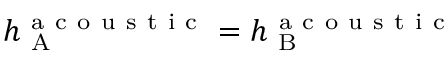
h _ { \mathrm { ~ A ~ } } ^ { \mathrm { ~ a ~ c ~ o ~ u ~ s ~ t ~ i ~ c ~ } } = h _ { \mathrm { ~ B ~ } } ^ { \mathrm { ~ a ~ c ~ o ~ u ~ s ~ t ~ i ~ c ~ } }